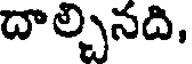
దాల్చినది,